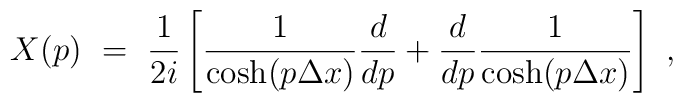
X(p) \ = \ {1\over 2i} \left[ {1\over\cosh(p\Delta x)} {d\over dp}+ {d\over dp} {1\over \cosh(p\Delta x)} \right] \ ,